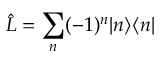
\hat { L } = \sum _ { n } ( - 1 ) ^ { n } | n \rangle \langle n |